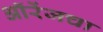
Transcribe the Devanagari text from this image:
ऑरेंजचा